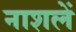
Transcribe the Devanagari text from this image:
नाशलें